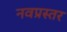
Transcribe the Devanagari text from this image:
नवप्रस्तर